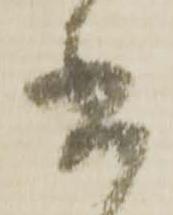
書